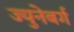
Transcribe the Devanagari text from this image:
ज्युनेबर्ग